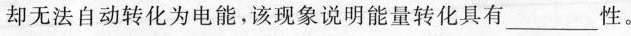
却无法自动转化为电能，该现象说明能量转化具有___ 性。